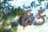
ઠક